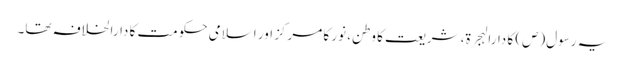
یہ رسول(ص) کا دارالہجرۃ، شریعت کا وطن، نور کا مرکز اور اسلامی حکومت کا دارالخلافہ تھا۔